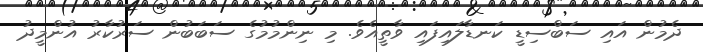
ދެމުން އައި ސަބްސިޑީ ކަނޑާލައިފައި ވާތީއެވެ. މި ނިންމުމުގެ ސަބަބުން ސަރުކާރު އުންމީދު